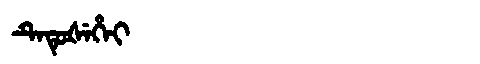
Manchu: ᡨᡝᡨᡠᡧᡝᡥᡝᡳ
Romanization: TETUŠEHEI